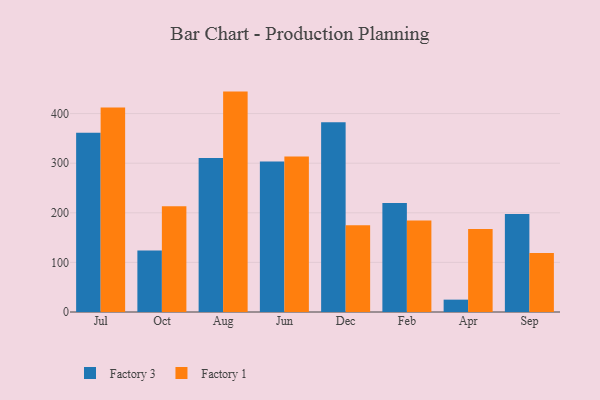
{"axis": {"x": "Month", "y": "Satisfaction Score"}, "legend": ["Factory 1", "Factory 3"], "data": [{"x": "Jul", "y": 361.1, "type": "Factory 3"}, {"x": "Jul", "y": 412.0, "type": "Factory 1"}, {"x": "Oct", "y": 123.8, "type": "Factory 3"}, {"x": "Oct", "y": 213.1, "type": "Factory 1"}, {"x": "Aug", "y": 310.6, "type": "Factory 3"}, {"x": "Aug", "y": 444.3, "type": "Factory 1"}, {"x": "Jun", "y": 303.5, "type": "Factory 3"}, {"x": "Jun", "y": 313.3, "type": "Factory 1"}, {"x": "Dec", "y": 382.5, "type": "Factory 3"}, {"x": "Dec", "y": 175.0, "type": "Factory 1"}, {"x": "Feb", "y": 219.7, "type": "Factory 3"}, {"x": "Feb", "y": 184.5, "type": "Factory 1"}, {"x": "Apr", "y": 24.9, "type": "Factory 3"}, {"x": "Apr", "y": 167.2, "type": "Factory 1"}, {"x": "Sep", "y": 197.8, "type": "Factory 3"}, {"x": "Sep", "y": 118.9, "type": "Factory 1"}]}